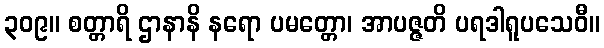
၃၀၉။ စတ္တာရိ ဌာနာနိ နရော ပမတ္တော၊ အာပဇ္ဇတိ ပရဒါရူပသေဝီ။